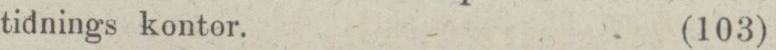
tidnings kontor.    (103)